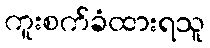
ကူးစက်ခံထားရသူ